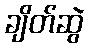
ချိတ်ဆွဲ